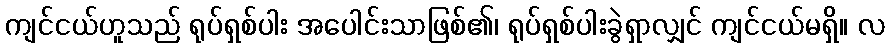
ကျင်ငယ်ဟူသည် ရုပ်ရှစ်ပါး အပေါင်းသာဖြစ်၏၊ ရုပ်ရှစ်ပါးခွဲရှာလျှင် ကျင်ငယ်မရှိ။ လ